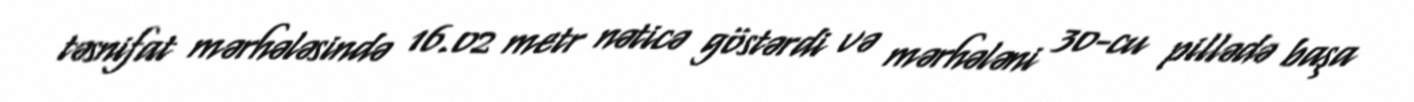
təsnifat mərhələsində 16.02 metr nəticə göstərdi və mərhələni 30-cu pillədə başa